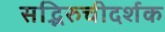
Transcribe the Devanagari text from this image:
सद्भिरुचीदर्शक